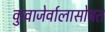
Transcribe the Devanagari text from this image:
कुवाजेर्वालासोबत